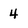
Character: 4